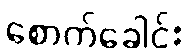
စောက်ခေါင်း